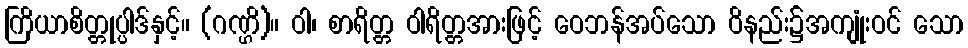
ကြိယာစိတ္တုပ္ပါဒ်နှင့်။ (ဂဏ္ဌိ)။ ဝါ၊ စာရိတ္တ ဝါရိတ္တအားဖြင့် ဝေဘန်အပ်သော ဝိနည်း၌အကျုံးဝင် သော